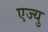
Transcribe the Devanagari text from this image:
एज्यु